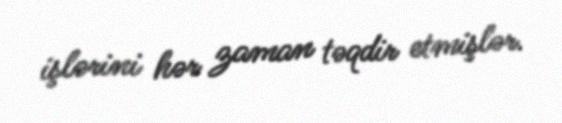
işlərini hər zaman təqdir etmişlər.